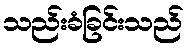
သည်းခံခြင်းသည်